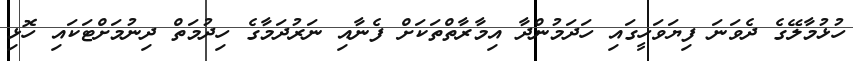
ހުޅުމާލޭގެ ދެވަނަ ފިޔަވަހީގައި ހަދަމުންދާ އިމާރާތްތަކަށް ފެނާއި ނަރުދަމާގެ ހިދުމަތް ދިނުމަށްޓަކައި ހޮޅި